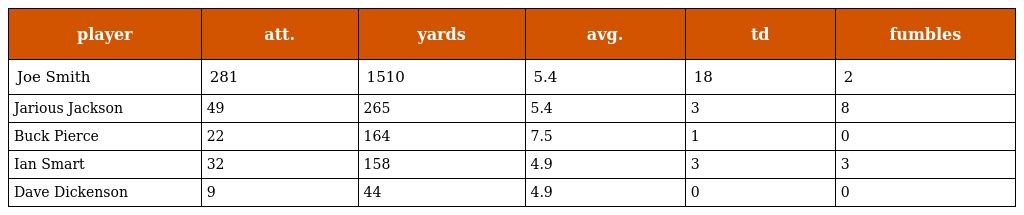
| player | att. | yards | avg. | td | fumbles |
 | --- | --- | --- | --- | --- | --- |
 | Joe Smith | 281 | 1510 | 5.4 | 18 | 2 |
 | Jarious Jackson | 49 | 265 | 5.4 | 3 | 8 |
 | Buck Pierce | 22 | 164 | 7.5 | 1 | 0 |
 | Ian Smart | 32 | 158 | 4.9 | 3 | 3 |
 | Dave Dickenson | 9 | 44 | 4.9 | 0 | 0 |